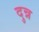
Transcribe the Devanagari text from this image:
दुन्न